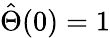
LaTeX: \hat{\Theta}(0)=1